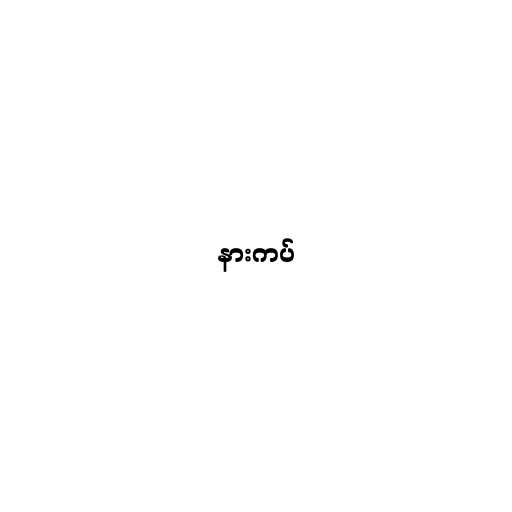
နားကပ်